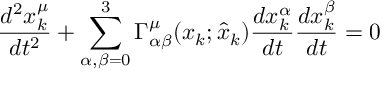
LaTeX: \frac { d ^ { 2 } x _ { k } ^ { \mu } } { d t ^ { 2 } } + \sum _ { \alpha , \beta = 0 } ^ { 3 } \Gamma _ { \alpha \beta } ^ { \mu } ( x _ { k } ; \hat { x } _ { k } ) \frac { d x _ { k } ^ { \alpha } } { d t } \frac { d x _ { k } ^ { \beta } } { d t } = 0